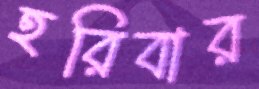
হরিবার